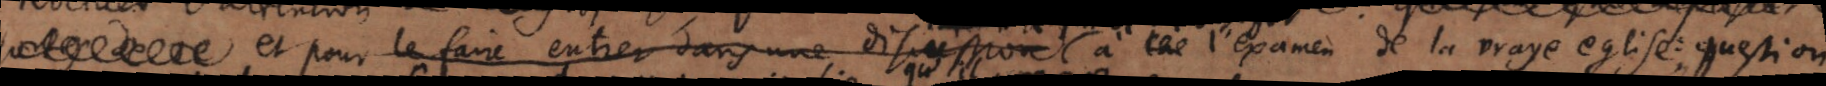
et pour le faire entrer dans une discussion à l’examen de la vraye eglise: question